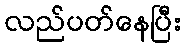
လည်ပတ်နေပြီး